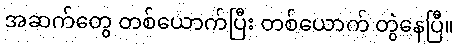
အဆက်တွေ တစ်ယောက်ပြီး တစ်ယောက် တွဲနေပြီ။